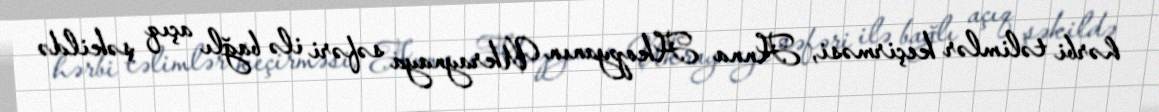
hərbi təlimlər keçirməsi, Anna Akopyanın Ukraynaya səfəri ilə bağlı açıq şəkildə